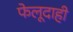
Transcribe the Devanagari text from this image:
फेलूदाही